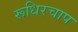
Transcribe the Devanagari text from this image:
रूधिरचाप